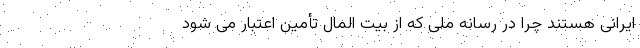
ایرانی هستند چرا در رسانه ملی که از بیت المال تأمین اعتبار می شود